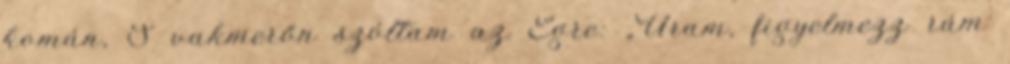
komán, S vakmerőn szóltam az Égre: „Uram, figyelmezz rám